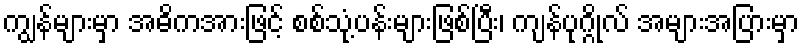
ကျွန်များမှာ အဓိကအားဖြင့် စစ်သုံ့ပန်းများဖြစ်ပြီး၊ ကျန်ပုဂ္ဂိုလ် အများအပြားမှာ